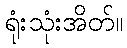
ရုံးသုံးအိတ်။